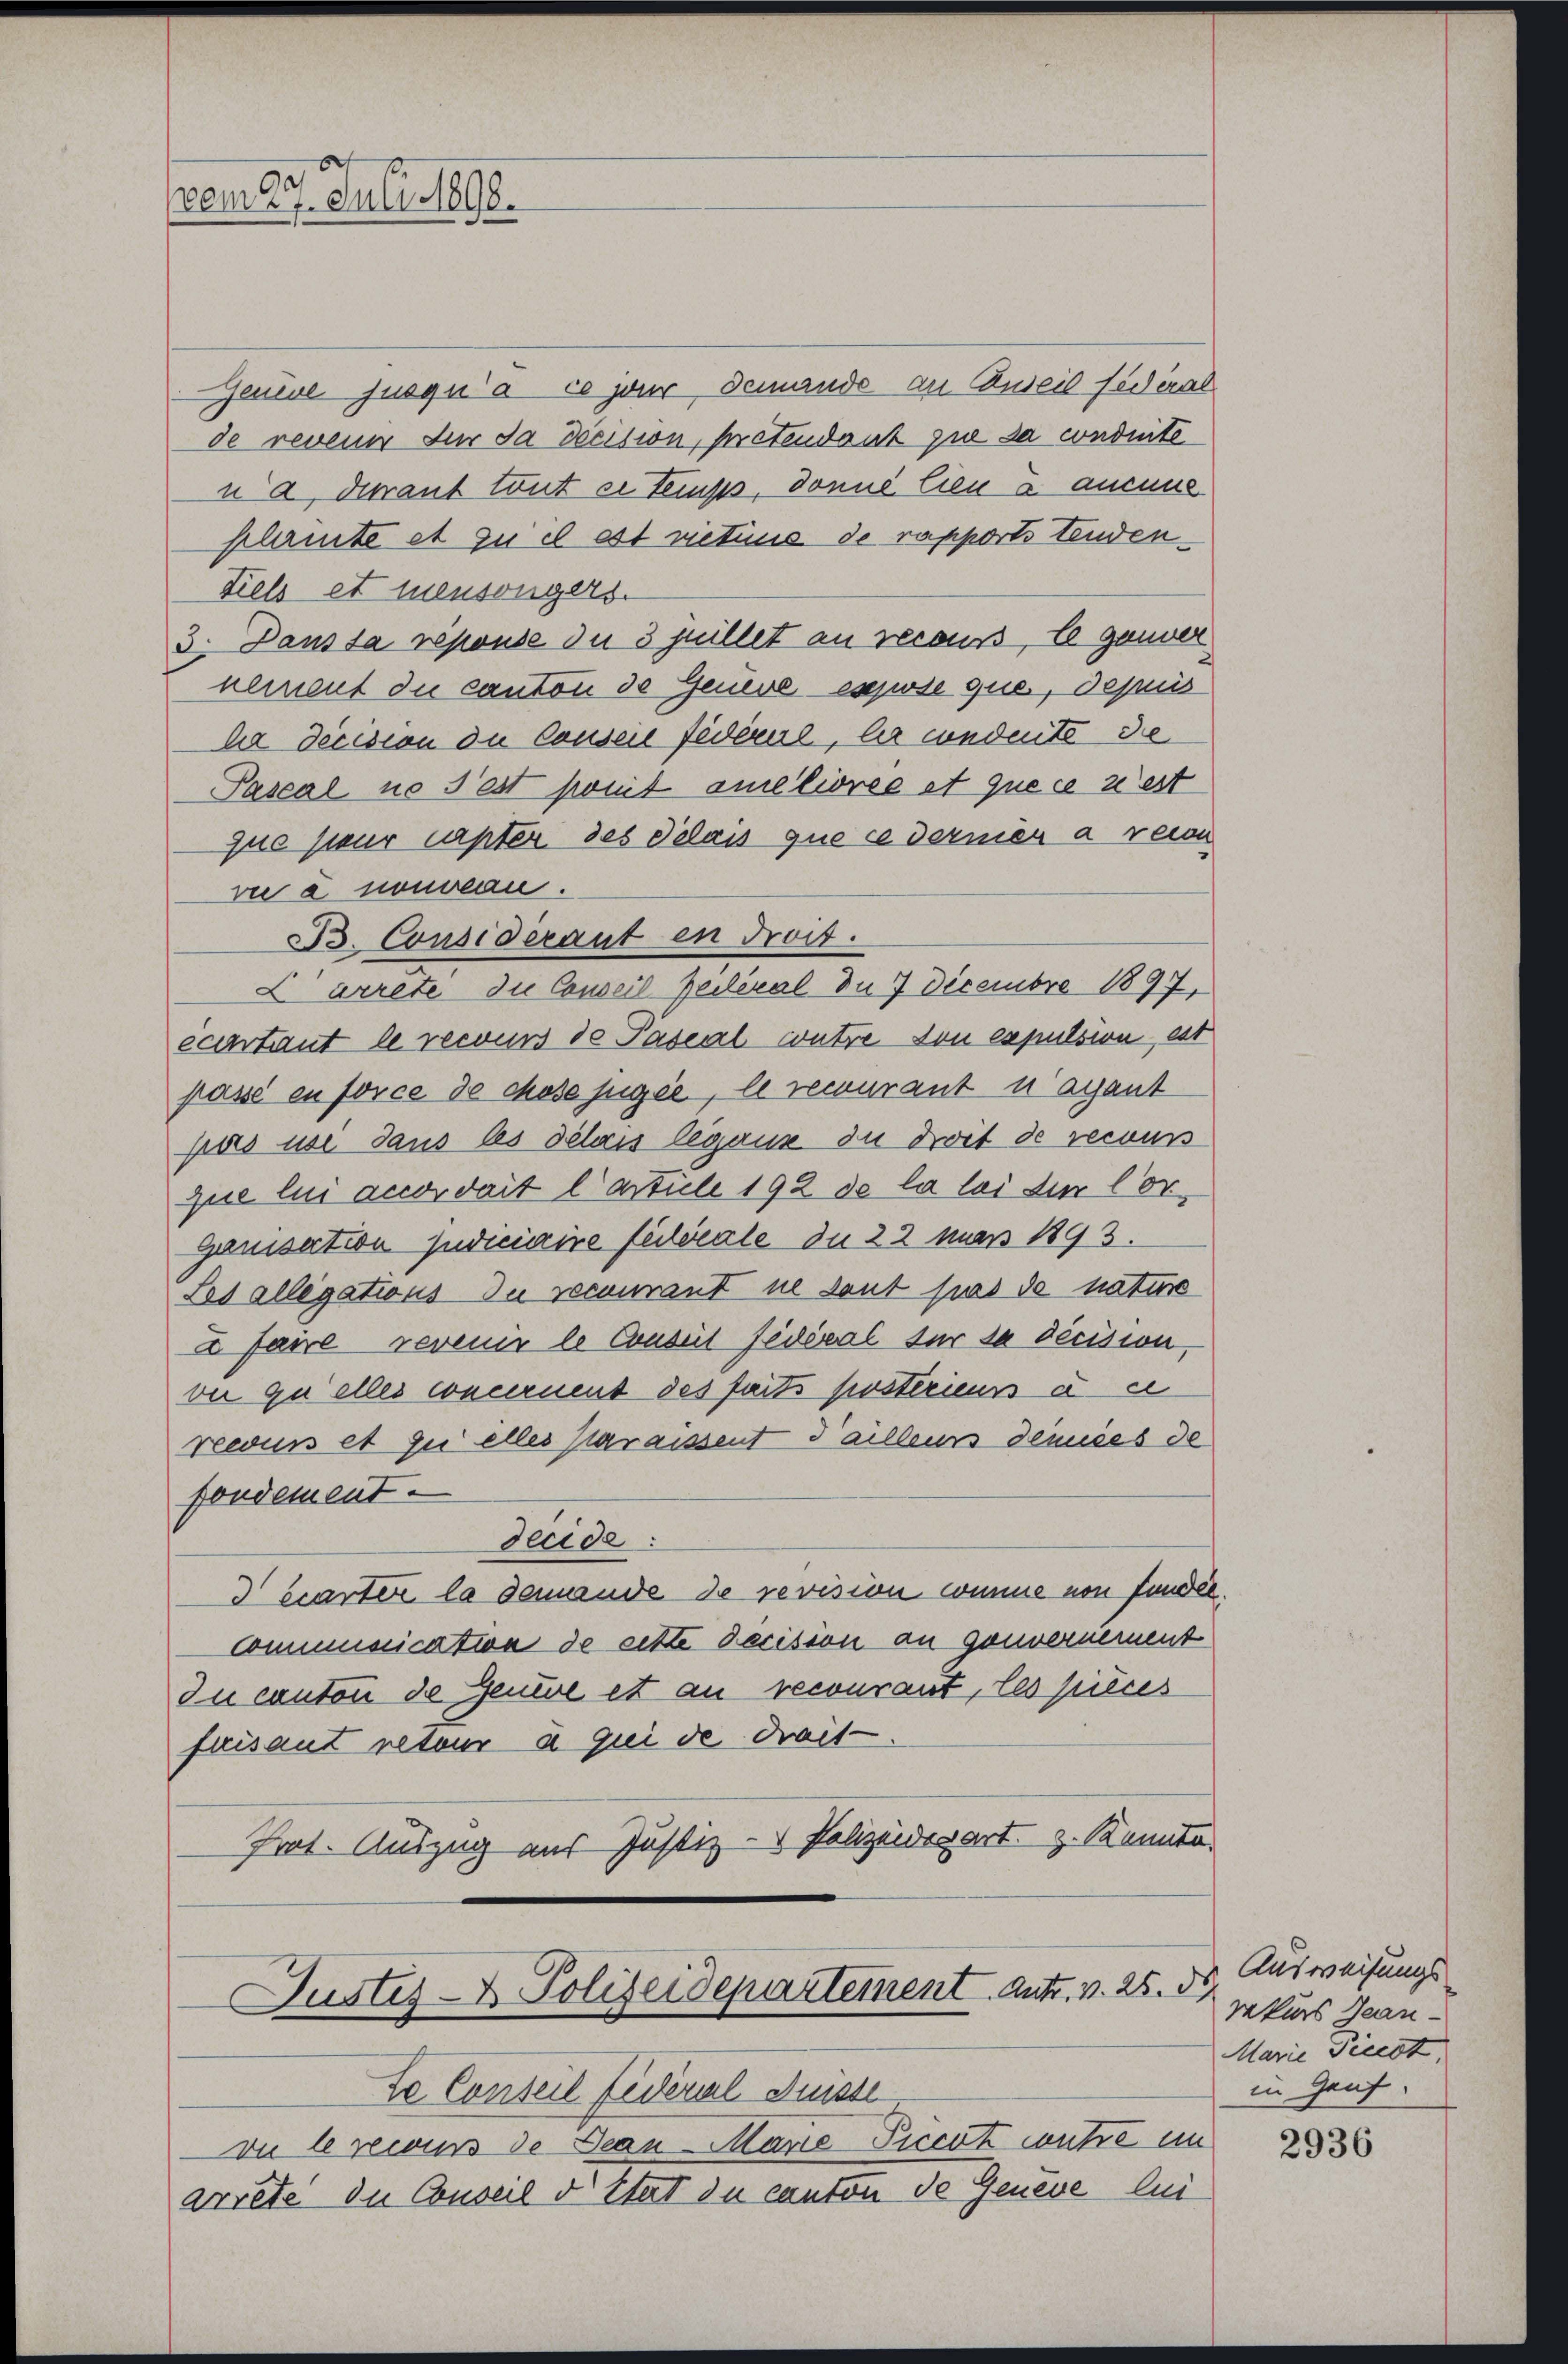
Zeuwe jusqu’à ce jour demando an Auseil federal
de revenir für da Decision, pretendant zu da conduite
na, durant tout er temps, donne lieu à ansens
klamte et zu il est nietius de rapports tenden¬
Diels et mensongers.
3. Dans sa reponse du 3 juillet an recous, le ganver
nement du canton de Genere espose que, depuis
ba decision de Conseil fédéral, le conderte de
Pascal ne s’est somit améliores et que ce n’est
que peur capter des Delass que ce dernier a recon
vie à nouveau.
ecartant le recours de Pascal wutre von expulsion, est
passé en force de chose jugée, le recurant u ayant
pas ise dans les delen leganz zu droit de recours
que lui angdait l’article 192 de la loi die Cor
ganisation Judiciaire fideale du 22 man 1893.
Ses allegations du recourant ne dont suas de nature
u faire revenir le Conseil fédéral für sa décision,
ver quelles concernent des faits postérieurs au
recours et zu alles Karaissent d’aillens denices de
fondement.
deeide:
écarter la demande de revision comme von fondée.
Communication de cette Decision an gouvernement
Iu canton de Jenue et an recourant, les pieces
faisant reteur à qui de drait.
Prot. Auszug aus Justiz - Polizeiderart z. Kannte.

vom 29. Juli 1890.

B. Consideraut in droit.

L arrete die Conseil Pedéral du 7 Decembre 1897,

arrete die Conseil d Stert du canton de Geneve lui

Justiz- & Polizeidepartement. Antr. v. 25. 55
Se Conseil fédéral Suisse
vu le recurs de Beau-Marie Piccat wahre im

Ausweisungs
rekurs Jean¬
Marie Picest
in Gauf.

2936